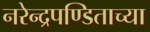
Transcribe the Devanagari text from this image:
नरेन्द्रपण्डिताच्या